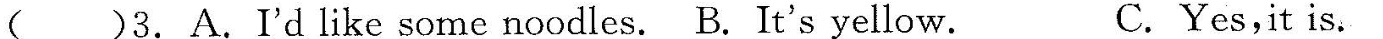
( )3.A.I'd like some noodles. B. It's yellow. C.Yes,it is.